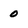
Character: 0